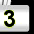
Digit: 3